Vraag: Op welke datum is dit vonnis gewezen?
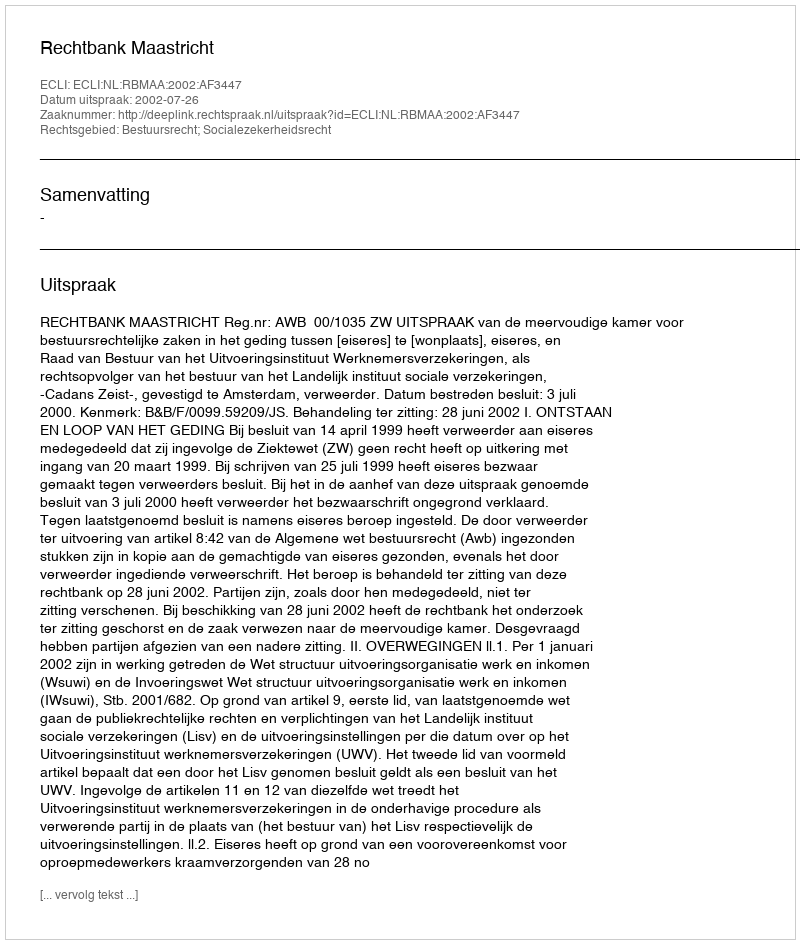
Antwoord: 2002-07-26